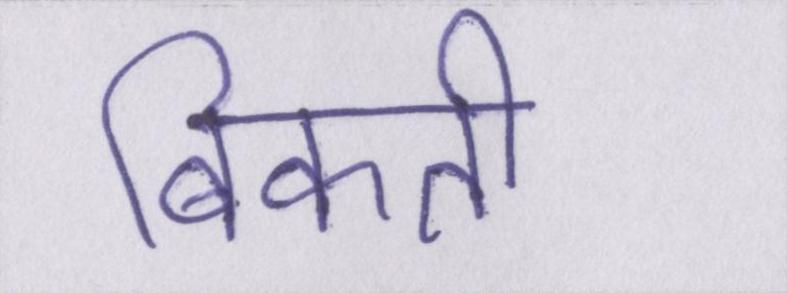
बिकती